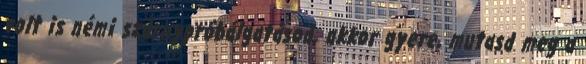
volt is némi szárnypróbálgatásod, akkor gyere, mutasd meg a